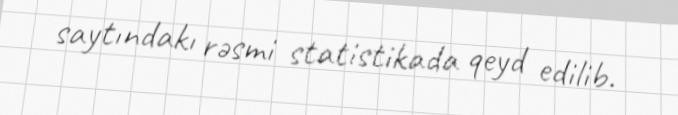
saytındakı rəsmi statistikada qeyd edilib.